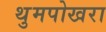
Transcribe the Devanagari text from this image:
थुमपोखरा